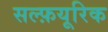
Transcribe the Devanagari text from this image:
सल्फ़यूरिक